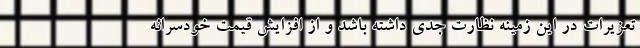
تعزیرات در این زمینه نظارت جدی داشته باشد و از افزایش قیمت خودسرانه